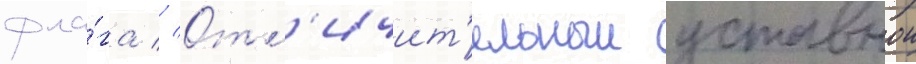
фла́га // Отл'ичит'ельныи уставнои